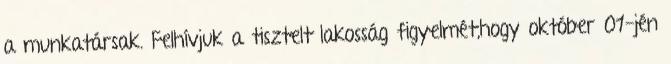
a munkatársak. Felhívjuk a tisztelt lakosság figyelmét,hogy október 01-jén